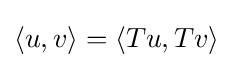
\langle u,v\rangle =\langle Tu,Tv\rangle